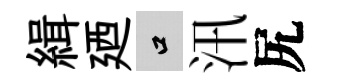
緝廼口汛尻